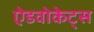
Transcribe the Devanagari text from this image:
ऐडवोकेट्स